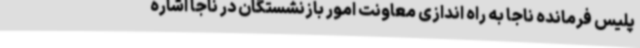
پلیس فرمانده ناجا به راه اندازی معاونت امور بازنشستگان در ناجا اشاره